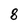
Character: 8